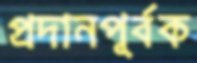
প্রদানপূর্বক